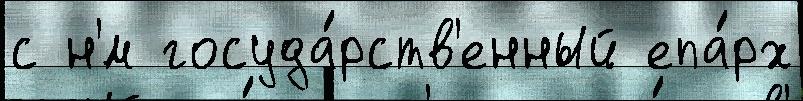
с н'́м госуда́рств'енный епа́рх